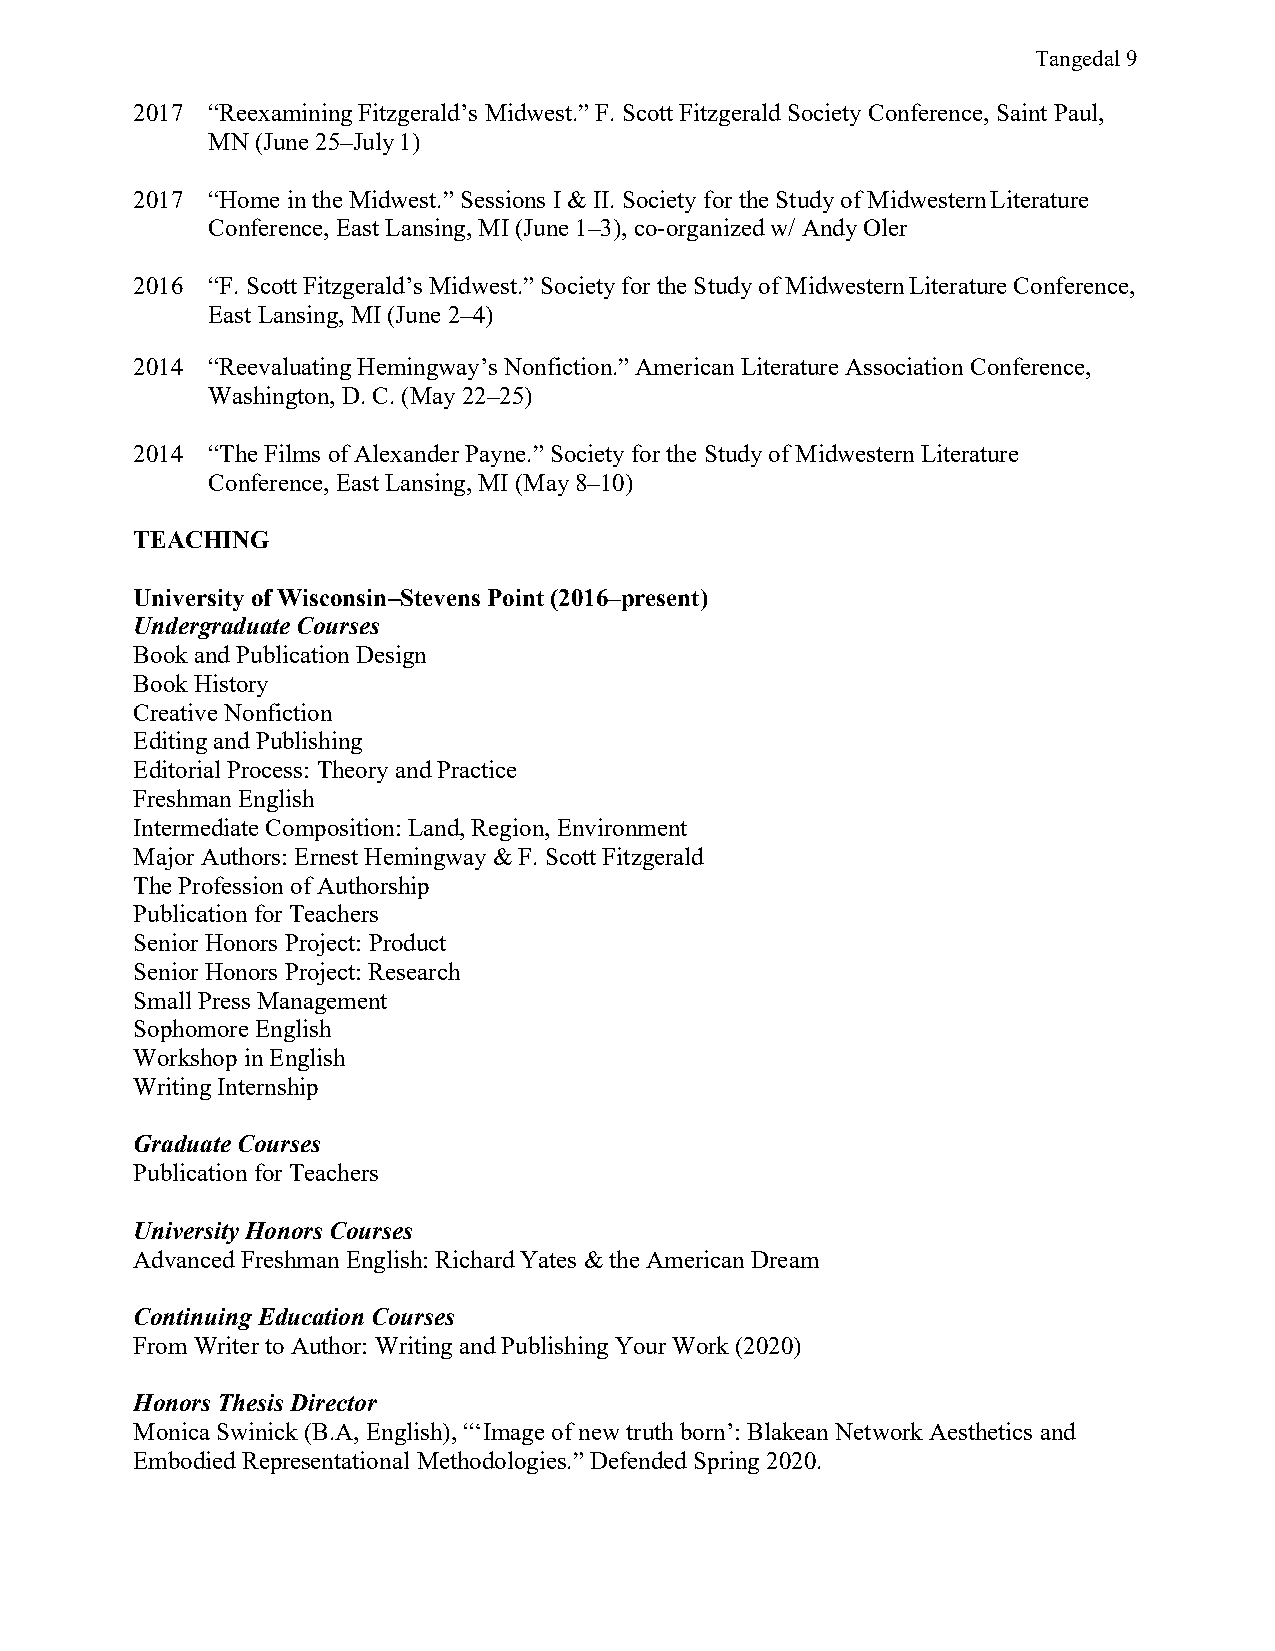
Tangedal 9
 2017 “Reexamining Fitzgerald’s Midwest.” F. Scott Fitzgerald Society Conference, Saint Paul,
 MN (June 25–July 1)
 2017 “Home in the Midwest.” Sessions I & II. Society for the Study of Midwestern Literature
 Conference, East Lansing, MI (June 1–3), co-organized w/ Andy Oler
 2016 “F. Scott Fitzgerald’s Midwest.” Society for the Study of Midwestern Literature Conference,
 East Lansing, MI (June 2–4)
 2014 “Reevaluating Hemingway’s Nonfiction.” American Literature Association Conference,
 Washington, D. C. (May 22–25)
 2014 “The Films of Alexander Payne.” Society for the Study of Midwestern Literature
 Conference, East Lansing, MI (May 8–10)
 TEACHING
 University of Wisconsin–Stevens Point (2016–present)
 Undergraduate Courses
 Book and Publication Design
 Book History
 Creative Nonfiction
 Editing and Publishing
 Editorial Process: Theory and Practice
 Freshman English
 Intermediate Composition: Land, Region, Environment
 Major Authors: Ernest Hemingway & F. Scott Fitzgerald
 The Profession of Authorship
 Publication for Teachers
 Senior Honors Project: Product
 Senior Honors Project: Research
 Small Press Management
 Sophomore English
 Workshop in English
 Writing Internship
 Graduate Courses
 Publication for Teachers
 University Honors Courses
 Advanced Freshman English: Richard Yates & the American Dream
 Continuing Education Courses
 From Writer to Author: Writing and Publishing Your Work (2020)
 Honors Thesis Director
 Monica Swinick (B.A, English), “‘Image of new truth born’: Blakean Network Aesthetics and
 Embodied Representational Methodologies.” Defended Spring 2020.